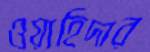
ওয়াহিদার